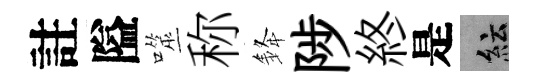
註隘噬称𨦟陟終是紜